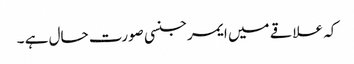
کہ علاقے میں ایمرجنسی صورت حال ہے ۔